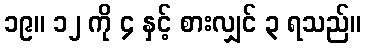
၁၉။ ၁၂ ကို ၄ နှင့် စားလျှင် ၃ ရသည်။